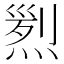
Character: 煭